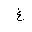
Letter: _gayn